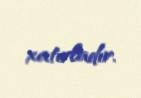
xatırladır.